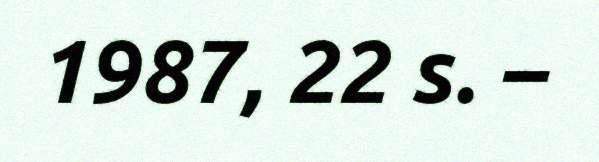
1987, 22 s. –